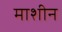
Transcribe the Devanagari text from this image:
माशीन